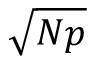
\sqrt { N p }